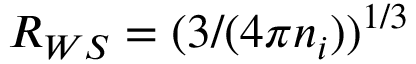
R _ { W S } = ( 3 / ( 4 \pi n _ { i } ) ) ^ { 1 / 3 }